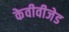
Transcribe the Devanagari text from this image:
केवीवीजेड